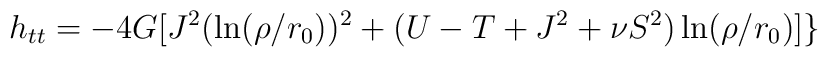
h_{tt} = -4G[J^2 (\ln(\rho/r_0))^2 + (U - T +J^2 + \nu S^2)\ln(\rho/r_0)]\}